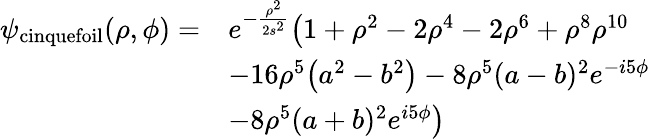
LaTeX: \begin{array}{rl}{\psi_{\mathrm{cinquefoil}}(\rho,\phi)=}&{e^{-\frac{\rho^{2}}{2s^{2}}}\bigr(1+\rho^{2}-2\rho^{4}-2\rho^{6}+\rho^{8}\rho^{10}}\\ &{-16\rho^{5}\bigr(a^{2}-b^{2}\bigr)-8\rho^{5}(a-b)^{2}e^{-i5\phi}}\\ &{-8\rho^{5}(a+b)^{2}e^{i5\phi}\bigr)}\end{array}